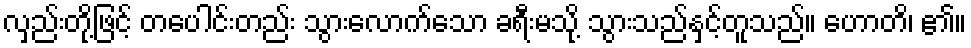
လှည်းတို့ဖြင့် တပေါင်းတည်း သွားလောက်သော ခရီးမသို့ သွားသည်နှင့်တူသည်။ ဟောတိ၊ ၏။